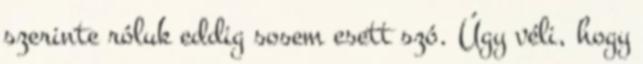
szerinte róluk eddig sosem esett szó. Úgy véli, hogy